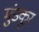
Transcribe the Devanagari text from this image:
मुंडकूर